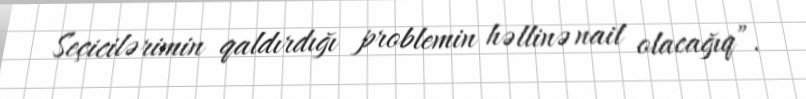
Seçicilərimin qaldırdığı problemin həllinə nail olacağıq”.